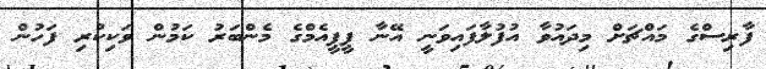
ފާރިސްގެ މައްޗަށް މިދައުވާ އުފުލާފައިވަނީ އޭނާ ޕީޕީއެމްގެ މެންބަރު ކަމުން ވަކިކުރި ފަހުން